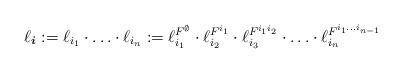
LaTeX: \begin{align*} \ell_{\boldsymbol{i}} := \ell_{i_1}\cdot \ldots \cdot \ell_{i_n} := \ell^{F^\emptyset}_{i_1} \cdot \ell^{F^{i_1}}_{i_2} \cdot \ell^{F^{i_1i_2}}_{i_3} \cdot \ldots \cdot \ell^{F^{i_1\dots i_{n-1}}}_{i_n}\end{align*}